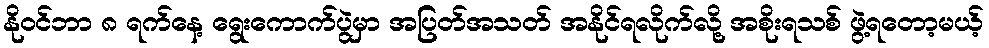
နိုဝင်ဘာ ၈ ရက်နေ့ ရွေးကောက်ပွဲမှာ အပြတ်အသတ် အနိုင်ရလိုက်လို့ အစိုးရသစ် ဖွဲ့ရတော့မယ့်